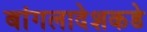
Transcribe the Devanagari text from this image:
बांगलादेशकडे